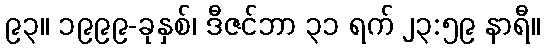
၉၃။ ၁၉၉၉-ခုနှစ်၊ ဒီဇင်ဘာ ၃၁ ရက် ၂၃:၅၉ နာရီ။